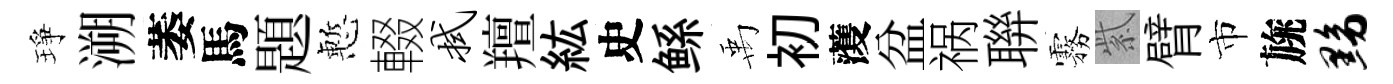
琤溯萎馬題慙輟拭羶紘史鲧禹初𮑮盆祸聨霧紫臂市旐黝